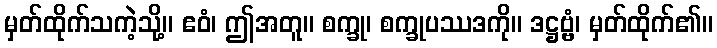
မှတ်ထိုက်သကဲ့သို့။ ဧဝံ၊ ဤအတူ။ စက္ခု၊ စက္ခုပဿဒကို။ ဒဋ္ဌဗ္ဗံ၊ မှတ်ထိုက်၏။